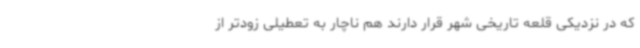
که در نزدیکی قلعه تاریخی شهر قرار دارند هم ناچار به تعطیلی زودتر از